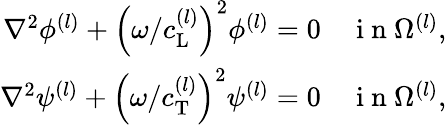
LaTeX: \begin{array}{r}{\nabla^{2}\phi^{(l)}+\left({\omega/c_{\mathrm{L}}^{(l)}}\right)^{2}\phi^{(l)}=0\quad\mathrm{~i~n~}\Omega^{(l)},}\\ {\nabla^{2}\psi^{(l)}+\left({\omega/c_{\mathrm{T}}^{(l)}}\right)^{2}\psi^{(l)}=0\quad\mathrm{~i~n~}\Omega^{(l)},}\end{array}